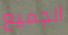
الجميع